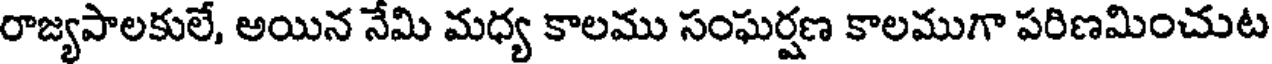
రాజ్యపాలకులే, అయిన నేమి మధ్య కాలము సంఘర్షణ కాలముగా పరిణమించుట